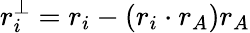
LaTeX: r_{i}^{\perp}=r_{i}-(r_{i}\cdot r_{A})r_{A}